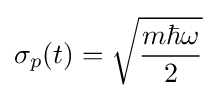
\sigma _{p}(t)={\sqrt {\frac {m\hbar \omega }{2}}}